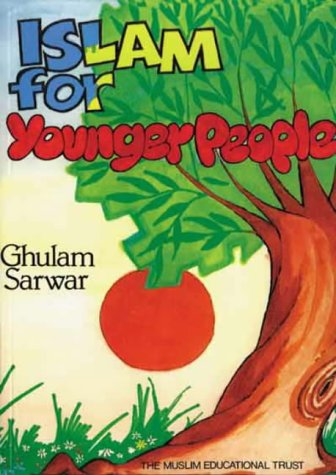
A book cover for Islam for Younger People; Ghulam Sawar; Teen & Young Adult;